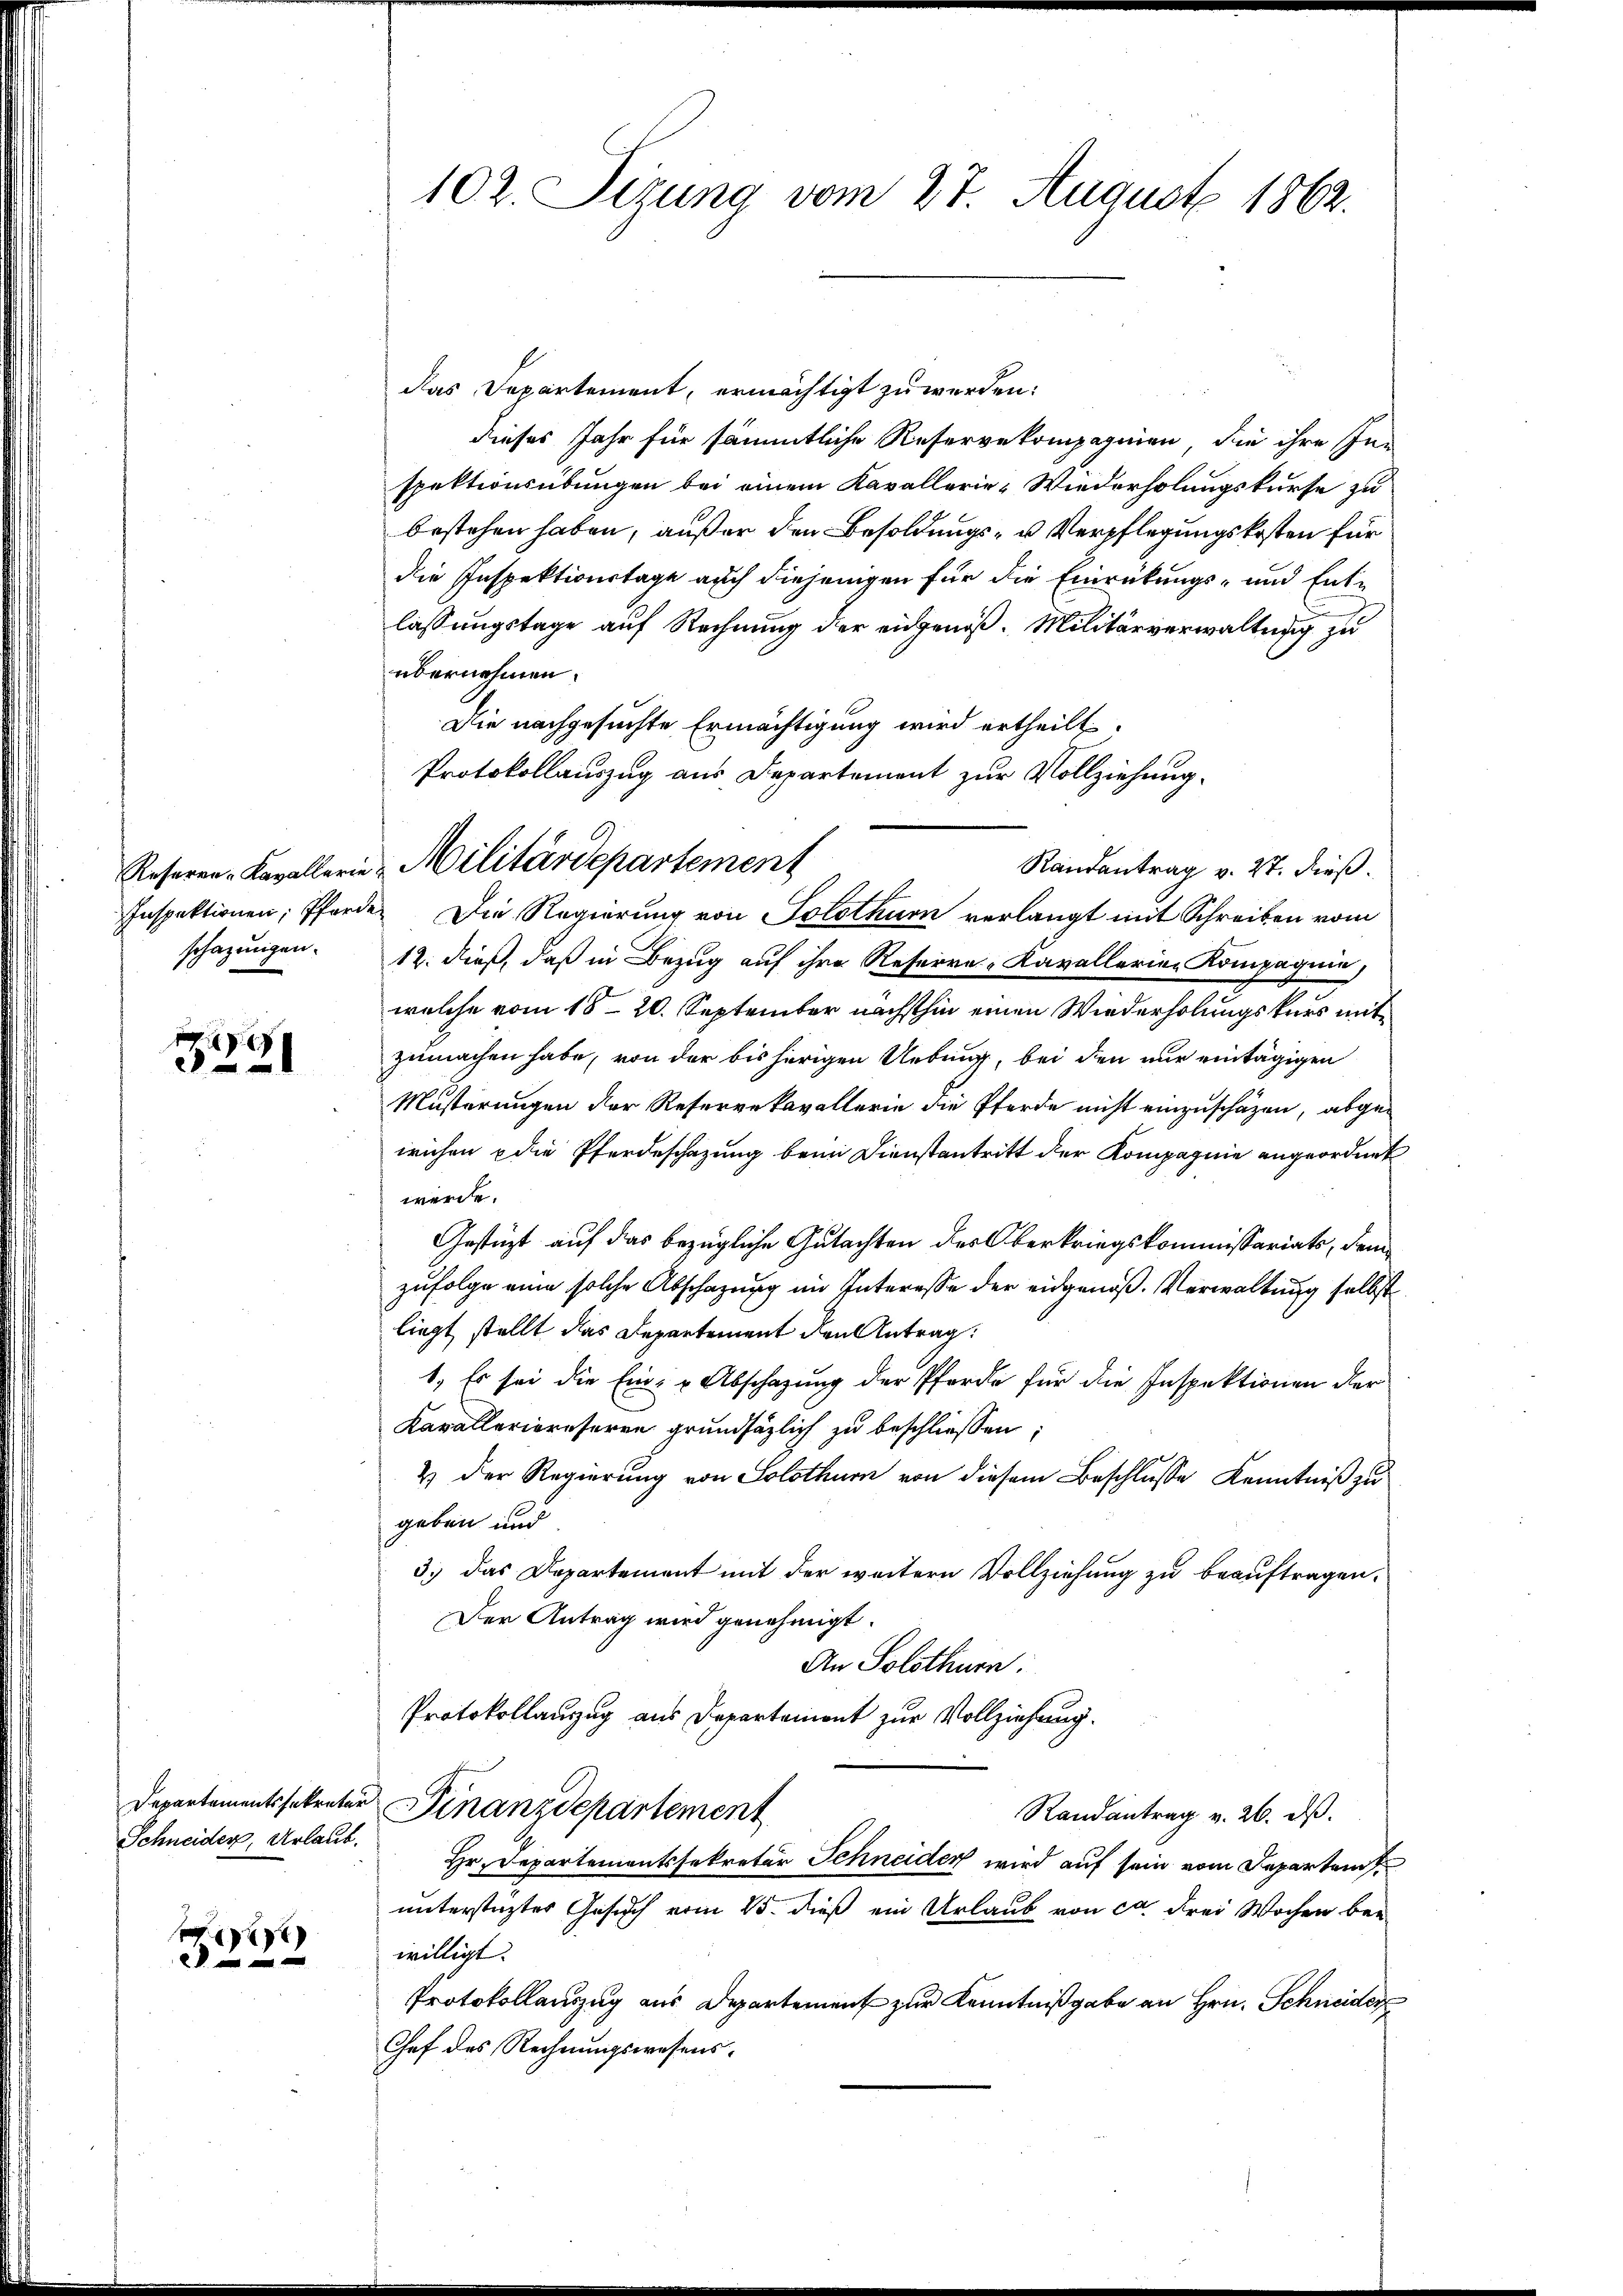
schazungen.

291

Schneider, Urlaub.

)

102. Sizung vom 27. August 1862.

das Departement, ermächtigt zu werden.
dieses Jahr für sämmtliche Reservekompagnien, die ihre Inspektionsübungen bei einem Kavallerie Wiederholungskurse zu
bestehen haben, außer den Besoldungs- u Verpflegungskosten für
die Inspektionstage auch diejenigen für die Einrückungs- und Entlassungstage auf Rechnung der eingenoß. Militärverwaltung zu
übernehmen.
Die nachgesuchte Ermächtigung wird ertheilt.
Protokollauszug aus Departement zur Vollziehung.
Randantrag v. 27. dieß.
Inspektionen, Pferde. Die Regierung von Solothurn verlangt mit Schreiben vom
12. dieß, daß in Bezug auf ihre Reserre-Kavallerien Kompagnie,
welche vom 18. 20. September nächsthin einen Wiederholungskurs mitzumachen habe, von der bis herigen Uebung, bei den nur eintägigen
Musterungen der Reservekavallerie die Pferde nicht einzuschäzen, abgewichen die Pferdeschazung beim Dienstantritt der Kompagnie angeordnet
werde.
Gestüzt auf das bezügliche Gutachten des Oberkriegskommissariats, dem
zufolge eine solche Abschazung im Interesse der eidgenöß. Verwaltung selbst
liegt, stellt das Departement den Antrag:
1. Es sei die Ein- u Abschazung der Pferde für die Inspektionen der
Karalleriereseren grundsätzlich zu beschliessen:
& Der Regierung von Solothur von diesem Beschlusse Kenntniß zu
geben und
3.) Das Departement mit der weitern Vollziehung zu beauftragen,
Der Antrag wird genehmigt.
An Solothurn
Protokollauzug aus Departement zur Vollziehung.
Departementssekreter Finanzdepartement
Randantrag v. 26. ds.
Hr. Departementssekretär Schneiden wird auf sein vom Departen
unterstüztes Gesuch vom 25. dieß ein Urlaub von ca. drei Wochen bei
willigt.
Protokollauszug aus Departement zur Kenntnißgabe an Hrn. Schneider
Chef des Rechnungswesens.

Resaren-Kavallerin Militärdepartement